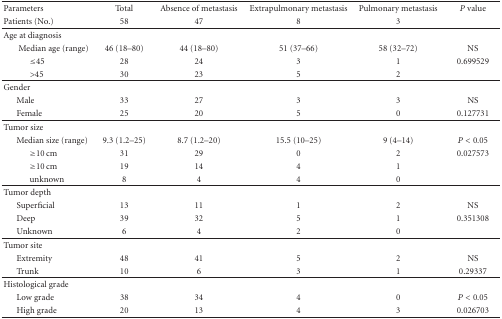
<table><thead><tr><td><b> Parameters</b></td><td><b>Total</b></td><td><b>Absence of metastasis</b></td><td><b>Extrapulmonary metastasis</b></td><td><b>Pulmonary metastasis</b></td><td><b><i>P</i> value</b></td></tr><tr><td><b>Patients (No.)</b></td><td><b>58</b></td><td><b>47</b></td><td><b>8</b></td><td><b>3</b></td><td></td></tr></thead><tbody><tr><td>Age at diagnosis</td><td></td><td></td><td></td><td></td><td></td></tr><tr><td> Median age (range)</td><td>46 (18–80)</td><td>44 (18–80)</td><td>51 (37–66)</td><td>58 (32–72)</td><td>NS</td></tr><tr><td>≤45</td><td>28</td><td>24</td><td>3</td><td>1</td><td>0.699529</td></tr><tr><td>&gt;45</td><td>30</td><td>23</td><td>5</td><td>2</td><td></td></tr><tr><td>Gender</td><td></td><td></td><td></td><td></td><td></td></tr><tr><td> Male</td><td>33</td><td>27</td><td>3</td><td>3</td><td>NS</td></tr><tr><td> Female</td><td>25</td><td>20</td><td>5</td><td>0</td><td>0.127731</td></tr><tr><td>Tumor size</td><td></td><td></td><td></td><td></td><td></td></tr><tr><td> Median size (range)</td><td>9.3 (1.2–25)</td><td>8.7 (1.2–20)</td><td>15.5 (10–25)</td><td>9 (4–14)</td><td><i>P</i> &lt; 0.05</td></tr><tr><td>≥10 cm</td><td>31</td><td>29</td><td>0</td><td>2</td><td>0.027573</td></tr><tr><td>≥10 cm</td><td>19</td><td>14</td><td>4</td><td>1</td><td></td></tr><tr><td>unknown</td><td>8</td><td>4</td><td>4</td><td>0</td><td></td></tr><tr><td>Tumor depth</td><td></td><td></td><td></td><td></td><td></td></tr><tr><td> Superficial</td><td>13</td><td>11</td><td>1</td><td>2</td><td>NS</td></tr><tr><td> Deep</td><td>39</td><td>32</td><td>5</td><td>1</td><td>0.351308</td></tr><tr><td> Unknown</td><td>6</td><td>4</td><td>2</td><td>0</td><td></td></tr><tr><td>Tumor site</td><td></td><td></td><td></td><td></td><td></td></tr><tr><td> Extremity</td><td>48</td><td>41</td><td>5</td><td>2</td><td>NS</td></tr><tr><td> Trunk</td><td>10</td><td>6</td><td>3</td><td>1</td><td>0.29337</td></tr><tr><td>Histological grade</td><td></td><td></td><td></td><td></td><td></td></tr><tr><td> Low grade</td><td>38</td><td>34</td><td>4</td><td>0</td><td><i>P</i> &lt; 0.05</td></tr><tr><td> High grade</td><td>20</td><td>13</td><td>4</td><td>3</td><td>0.026703</td></tr></tbody></table>